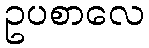
ဥပစာလေ